Vaccination in Burma 1920-1933 - 1920-1933
Year: 1920
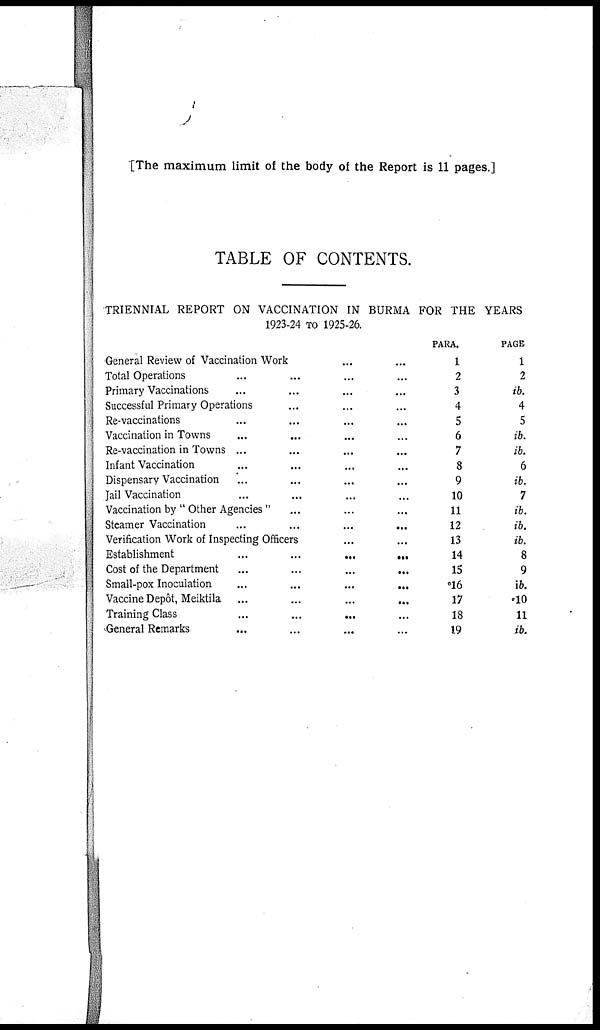
[The maximum limit of the body of the Report is 11 pages.]
TABLE OF CONTENTS.
TRIENNIAL REPORT ON VACCINATION IN BURMA FOR THE YEARS
1923-24 TO 1925-26.
General Review of Vaccination Work ... ...
Total Operations ... ... ... ...
Primary Vaccinations ... ... ... ...
Successful Primary Operations ... ... ...
Re-vaccinations ... ... ... ...
Vaccination in Towns ... ... ... ...
Re-vaccination in Towns ... ... ... ...
Infant Vaccination ... ... ... ...
Dispensary Vaccination ... ... ... ...
Jail Vaccination ... ... ... ...
Vaccination by " Other Agencies " ... ... ...
Steamer Vaccination
...
...
...
...
Verification Work of Inspecting Officers ... ...
Establishment
...
...
...
...
Cost of the Department
...
...
...
...
Small-pox Inoculation
...
...
...
...
Vaccine Depôt, Meiktila
...
...
...
...
Training Class ... ... ... ...
General Remarks ... ... ... ...
PARA.
1
2
3
4
5
6
7
8
9
10
11
12
13
14
15
*16
17
18
19
PAGE
1
2
ib.
4
5
ib.
ib.
6
ib.
7
ib.
ib.
ib.
8
9
ib.
*10
11
ib.